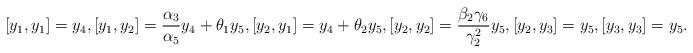
LaTeX: \begin{align*}[y_1, y_1]=y_4, [y_1, y_2]=\frac{\alpha_3}{\alpha_5}y_4+\theta_1y_5, [y_2, y_1]=y_4+\theta_2y_5, [y_2, y_2]=\frac{\beta_2\gamma_6}{\gamma^2_2}y_5, [y_2, y_3]=y_5, [y_3, y_3]=y_5.\end{align*}